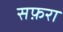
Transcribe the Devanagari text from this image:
सफ़रा